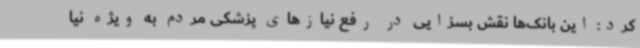
کرد: این بانک‌ها نقش بسزایی در رفع نیازهای پزشکی مردم به ویژه نیا